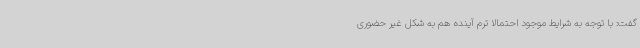
گفت: با توجه به شرایط موجود احتمالاً ترم آینده هم به شکل غیر حضوری